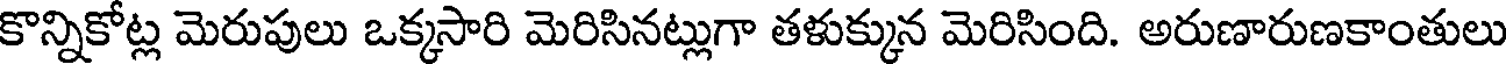
కొన్నికోట్ల మెరుపులు ఒక్కసారి మెరిసినట్లుగా తళుక్కున మెరిసింది. అరుణారుణకాంతులు